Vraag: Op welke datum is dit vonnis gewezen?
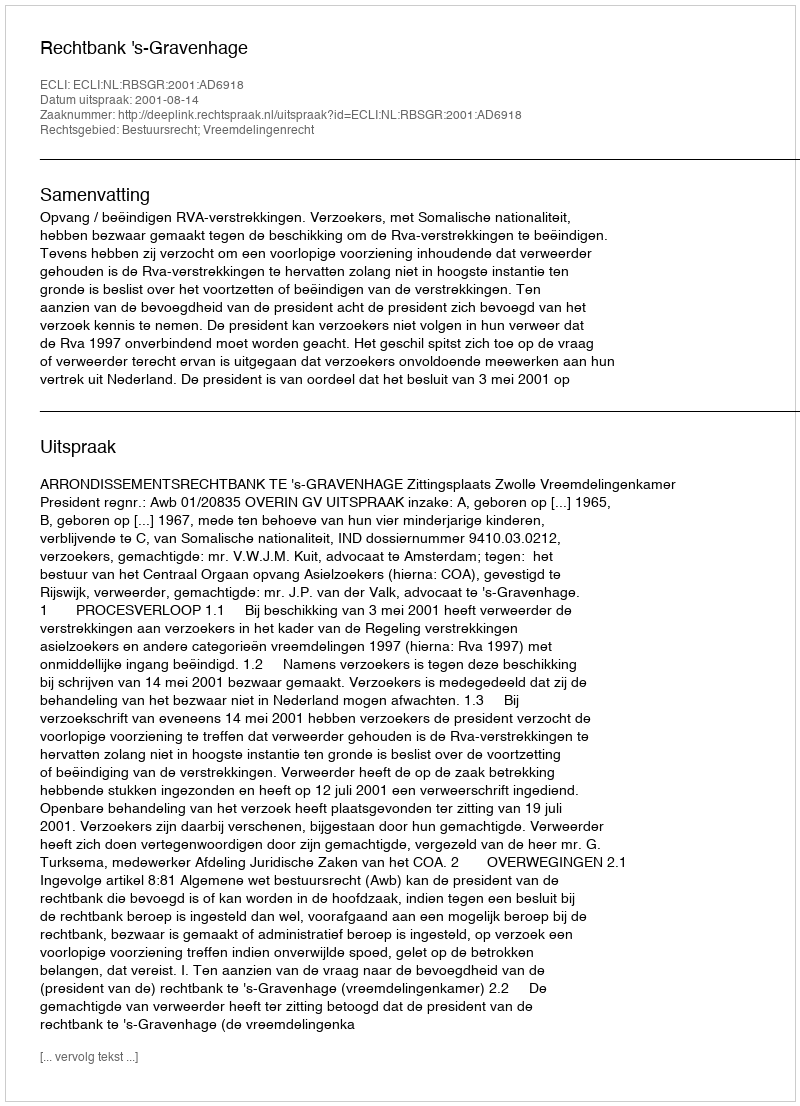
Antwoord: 2001-08-14